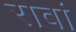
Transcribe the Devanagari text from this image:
रावां